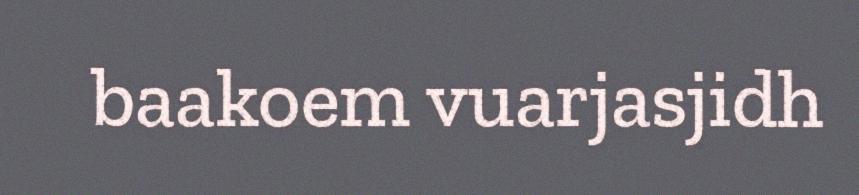
baakoem vuarjasjidh